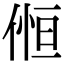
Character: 𠋧